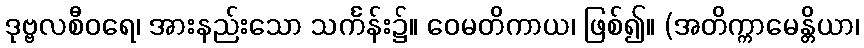
ဒုဗ္ဗလစီဝရေ၊ အားနည်းသော သင်္ကန်း၌။ ဝေမတိကာယ၊ ဖြစ်၍။ (အတိက္ကာမေန္တိယာ၊